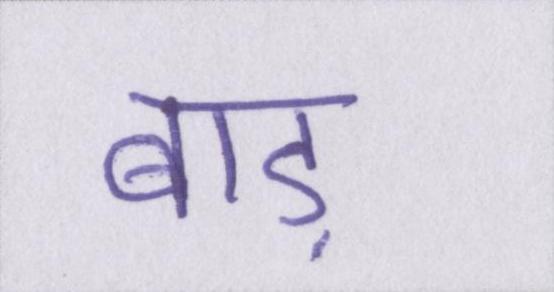
बाड़